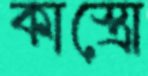
কাস্ত্রো